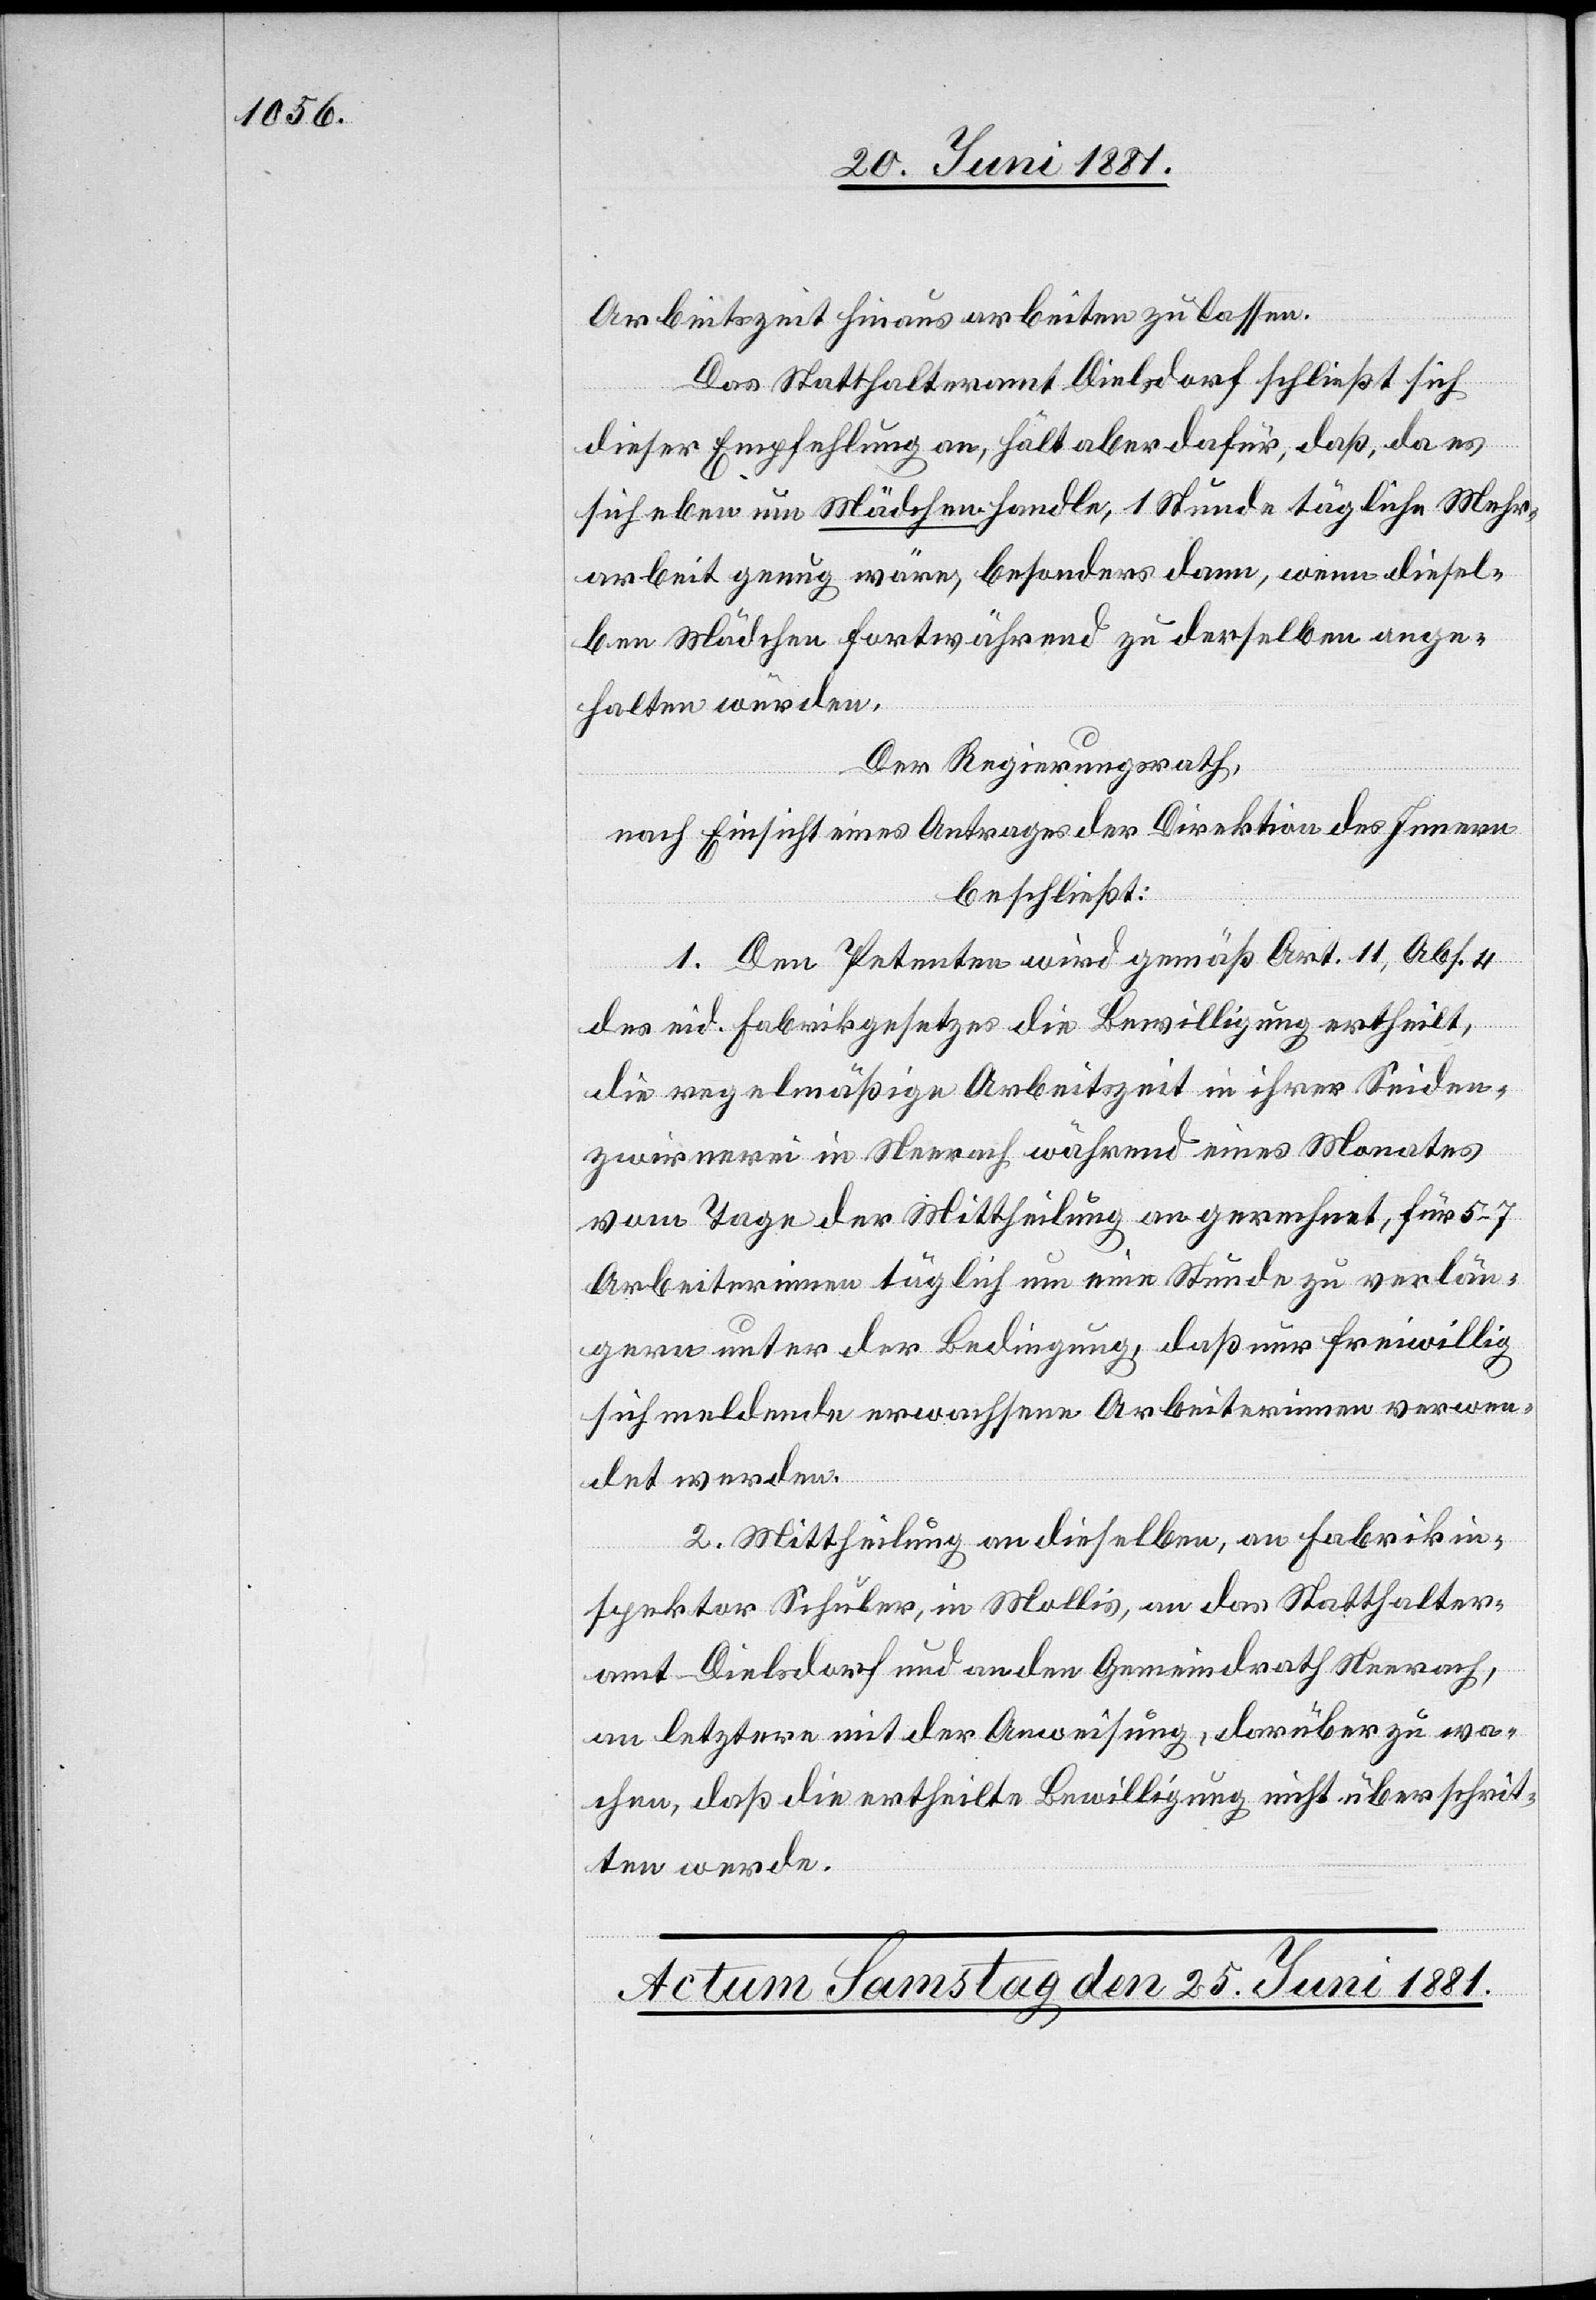
Arbeitszeit hinaus arbeiten zu lassen.
Das Statthalteramt Dielsdorf schließt sich
dieser Empfehlung an, hält aber dafür, daß, da es
sich eben um Mädchen handle, 1 Stunde tägliche Mehr¬
arbeit genug wäre, besonders dann, wenn diesel¬
ben Mädchen fortwährend zu derselben ange¬
halten würden.
Der Regierungsrath,
nach Einsicht eines Antrages der Direktion des Innern
beschließt:
1. Den Petenten wird gemäß Art. 11, Abs. 4
des eid. Fabrikgesetzes die Bewilligung ertheilt,
die regelmäßige Arbeitszeit in ihrer Seiden¬
zwirnerei in Neerach während eines Monates
vom Tage der Mittheilung an gerechnet, für 5–7
Arbeiterinnen täglich um eine Stunde zu verlän¬
gern unter der Bedingung, daß nur freiwillig
sich meldende erwachsene Arbeiterinnen verwen¬
det werden.
2. Mittheilung an dieselben, an Fabrikin¬
spektor Schuler, in Mollis, an das Statthalter¬
amt Dielsdorf und an den Gemeindrath Neerach,
an letztere mit der Anweisung, darüber zu wa¬
chen, daß die ertheilte Bewilligung nicht überschrit¬
ten werde.